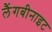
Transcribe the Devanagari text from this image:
लैंगबीनाइट